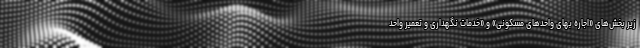
زیر بخش‌های «اجاره بهای واحدهای مسکونی» و «خدمات نگهداری و تعمیر واحد